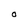
Character: O